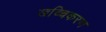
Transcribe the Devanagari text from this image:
खच्चिकरण